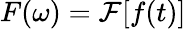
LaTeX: F(\omega)=\mathcal{F}[f(t)]